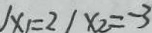
\vert x _ { 1 } = 2 \vert x _ { 2 } = - 3